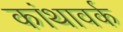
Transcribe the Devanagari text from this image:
कांथावर्क